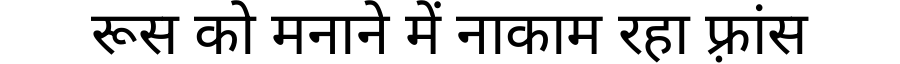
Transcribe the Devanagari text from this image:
रूस को मनाने में नाकाम रहा फ़्रांस